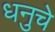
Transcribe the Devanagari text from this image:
धनुचे